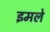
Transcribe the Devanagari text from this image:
इमले